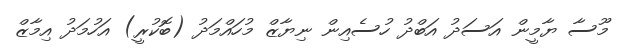
މޫސާ ޔާމީން އަސަދު އަބްދު ހުސެއިން ނިޔާޒް މުހައްމަދު (ބޮކުރީ) އަހުމަދު އިމާޒް